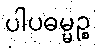
ပါပဓမ္မဉ္စ